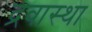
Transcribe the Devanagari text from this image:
द्रवास्था